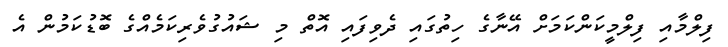
ފިލްމާއި ފިލްމީކަންކަމަށް އޭނާގެ ހިތުގައި ދެވިފައި އޮތް މި ޝައުގުވެރިކަމެއްގެ ބޮޑުކަމުން އެ